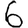
Digit: 6